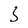
Character: 3